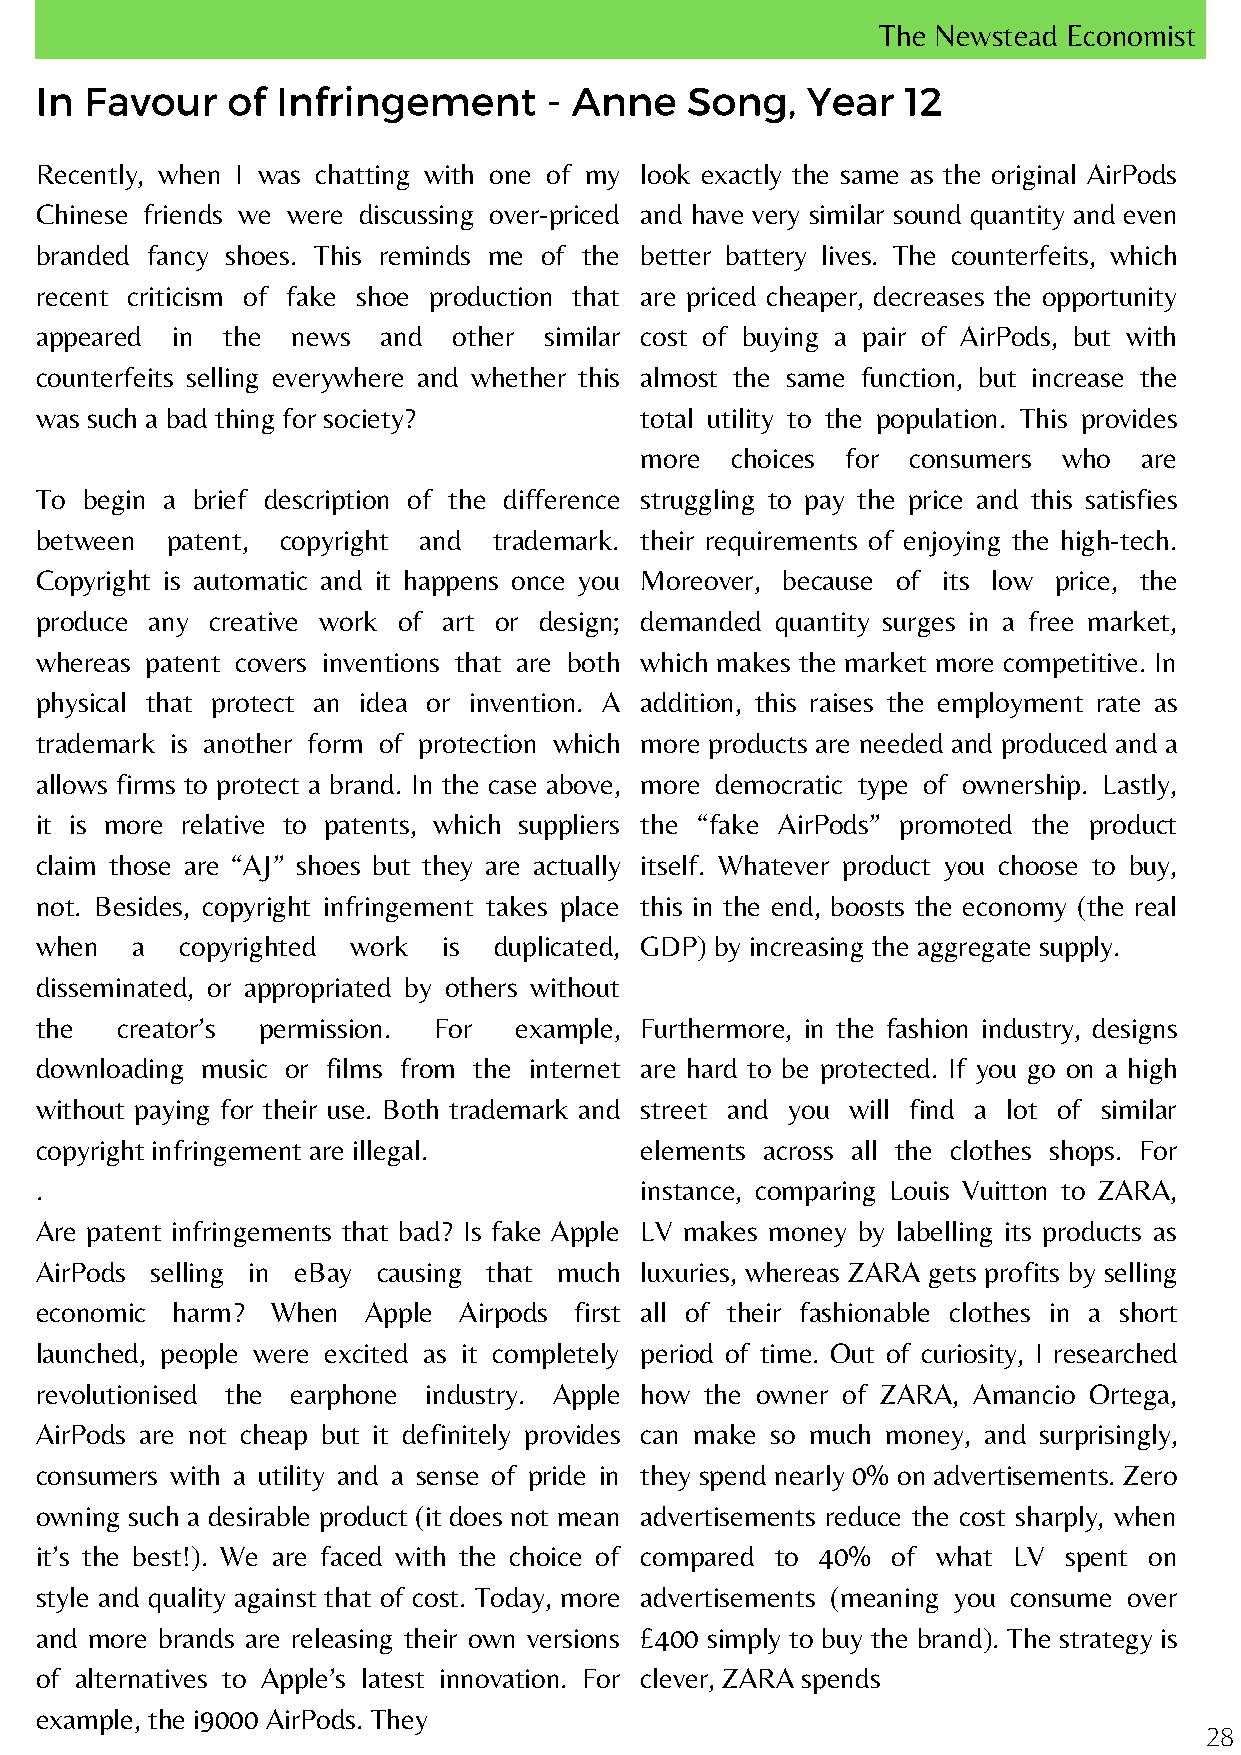
The Newstead Economist
 In  Favour   of Infringement      - Anne   Song,   Year   12
 Recently, when I was chatting with one of my look exactly the same as the original AirPods
 Chinese friends we were discussing over-priced and have very similar sound quantity and even
 branded fancy shoes. This reminds me of the better battery lives. The counterfeits, which
 recent criticism of fake shoe production that are priced cheaper, decreases the opportunity
 appeared in  the news  and  other similar cost of buying a pair of AirPods, but with
 counterfeits selling everywhere and whether this almost the same function, but increase the
 was such a bad thing for society?       total utility to the population. This provides
 more  choices for consumers who   are
 To begin a brief description of the difference struggling to pay the price and this satisfies
 between  patent, copyright and trademark. their requirements of enjoying the high-tech.
 Copyright is automatic and it happens once you Moreover, because of its low price, the
 produce any creative work of art or design; demanded quantity surges in a free market,
 whereas patent covers inventions that are both which makes the market more competitive. In
 physical that protect an idea or invention. A addition, this raises the employment rate as
 trademark is another form of protection which more products are needed and produced and a
 allows firms to protect a brand. In the case above, more democratic type of ownership. Lastly,
 it is more relative to patents, which suppliers the “fake AirPods” promoted the product
 claim those are “AJ” shoes but they are actually itself. Whatever product you choose to buy,
 not. Besides, copyright infringement takes place this in the end, boosts the economy (the real
 when   a  copyrighted work is  duplicated, GDP) by increasing the aggregate supply.
 disseminated, or appropriated by others without
 the   creator’s permission. For example, Furthermore, in the fashion industry, designs
 downloading music or films from the internet are hard to be protected. If you go on a high
 without paying for their use. Both trademark and street and you will find a lot of similar
 copyright infringement are illegal.     elements across all the clothes shops. For
 .                                       instance, comparing Louis Vuitton to ZARA,
 Are patent infringements that bad? Is fake Apple LV makes money by labelling its products as
 AirPods selling in eBay causing that much luxuries, whereas ZARA gets profits by selling
 economic harm?  When  Apple Airpods first all of their fashionable clothes in a short
 launched, people were excited as it completely period of time. Out of curiosity, I researched
 revolutionised the earphone industry. Apple how the owner of ZARA, Amancio Ortega,
 AirPods are not cheap but it definitely provides can make so much money, and surprisingly,
 consumers with a utility and a sense of pride in they spend nearly 0% on advertisements. Zero
 owning such a desirable product (it does not mean advertisements reduce the cost sharply, when
 it’s the best!). We are faced with the choice of compared to 40% of what LV spent on
 style and quality against that of cost. Today, more advertisements (meaning you consume over
 and more brands are releasing their own versions £400 simply to buy the brand). The strategy is
 of alternatives to Apple’s latest innovation. For clever, ZARA spends
 example, the i9000 AirPods. They
 28